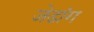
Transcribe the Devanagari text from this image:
जेडांग